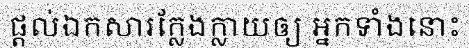
ផ្តល់ឯកសារក្លែងក្លាយឲ្យ អ្នកទាំងនោះ